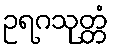
ဥရဂသုတ္တံ